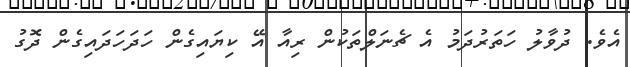
އެވެ. ދުވާލު ހަތަރުދަމު އެ ޗެނަލްތަކުން ރިއާ އޭ ކިޔައިގެން ހަދަހަދައިގެން ދޮގު